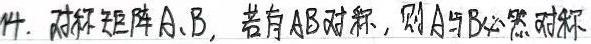
11. 对称矩阵\(A\)、\(B\)，若有\(AB\)对称，则\(A\)与\(B\)必然可交换